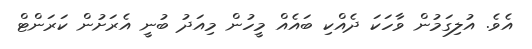
އެވެ. އުލިގަމުން ވާހަކަ ދެއްކި ބައެއް މީހުން މިއަދު ބުނީ އެރަށުން ކަރަންޓް